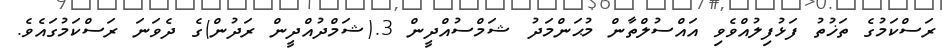
ރަސްކަމުގެ ތަޚުތު ފަޅުފިލުއްވެވި އައްސުލްތާން މުޙަންމަދު ޝަމްސުއްދީން 3.(ޝަމްދުއްދީން ރަދުން)ގެ ދެވަނަ ރަސްކަމުގައެވެ.